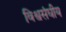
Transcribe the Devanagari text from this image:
विश्वसंघीय